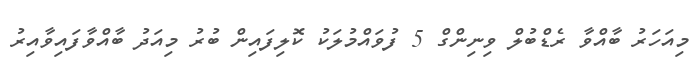
މިއަހަރު ބާއްވާ ރެޑްބުލް ވިނިންގް 5 ފުވައްމުލަކު ކޮލިފައިން ބުރު މިއަދު ބާއްވާފައިވާއިރު